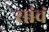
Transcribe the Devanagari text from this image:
सांचं